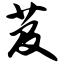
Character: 芨